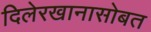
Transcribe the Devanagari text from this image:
दिलेरखानासोबत